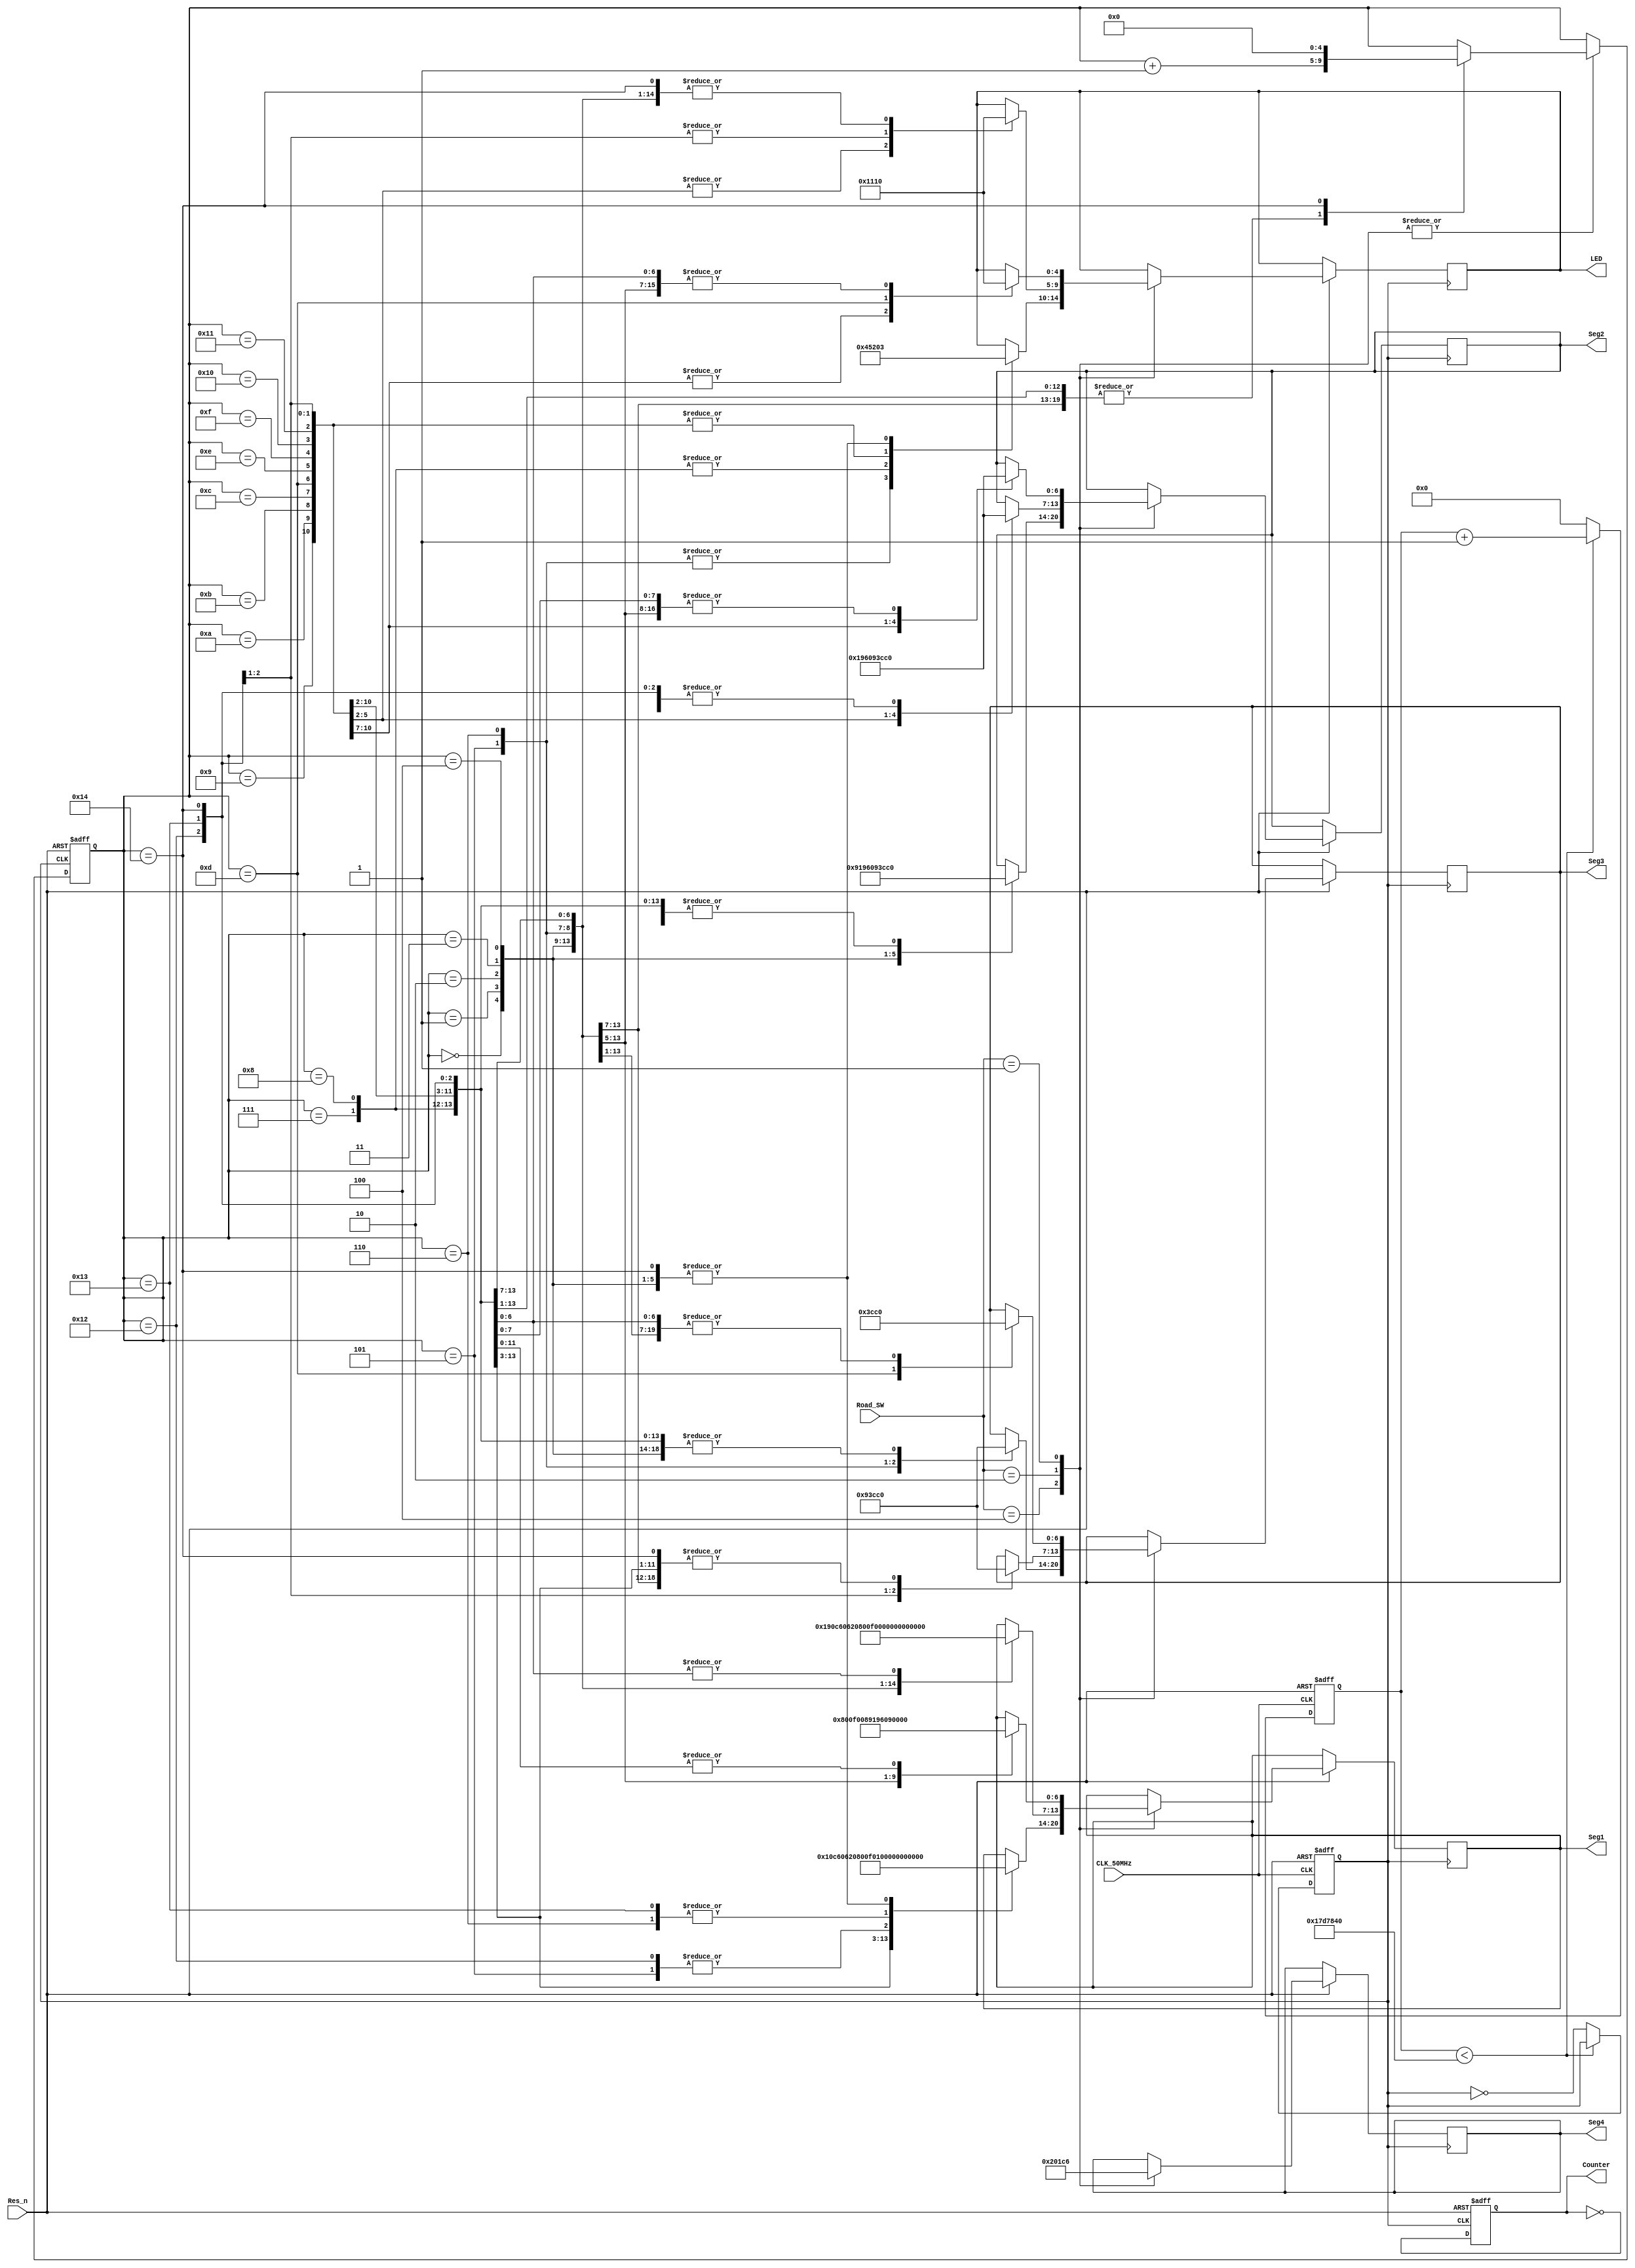
//----------------------------------------------------
//Design Name: Traffic Light
//Function: 
//----------------------------------------------------
module Traffic_Light_Seg(LED, Seg4, Seg3, Seg2, Seg1, Counter, CLK_50MHz, Road_SW, Res_n);
// output
output reg [4:0]LED;
output reg Counter;
output reg [6:0] Seg4 = 7'b100_0000, Seg3 = 7'b100_0000, 
					  Seg2 = 7'b100_0000, Seg1 = 7'b100_0000;
// intput
input	CLK_50MHz, Res_n;
input [2:0]Road_SW;
// reg
reg CLK_1Hz;
reg [24:0]CLK_count;
reg [4:0]count;
reg [3:0]temp1, temp2, temp3;
/******************Encoder******************/
// Binary to Seg
function [6:0]Encoder;
// input
input [3:0]In;
// Converter
begin
	case(In)
		4'd0:Encoder = 7'b100_0000;
		4'd1:Encoder = 7'b111_1001;
		4'd2:Encoder = 7'b010_0100;
		4'd3:Encoder = 7'b011_0000;
		4'd4:Encoder = 7'b001_1001;
		4'd5:Encoder = 7'b001_0010;
		4'd6:Encoder = 7'b000_0010;
		4'd7:Encoder = 7'b111_1000;
		4'd8:Encoder = 7'b000_0000;
		4'd9:Encoder = 7'b001_0000;
		4'd10:Encoder = 7'b000_1000;
		4'd11:Encoder = 7'b000_0011;
		4'd12:Encoder = 7'b100_0110;
		4'd13:Encoder = 7'b010_0001;
		4'd14:Encoder = 7'b000_0110;
		4'd15:Encoder = 7'b000_1110;
	endcase
end
endfunction
/**************************************************/
// 50MHz --> 1Hz(10KHz)
always@(posedge CLK_50MHz or negedge Res_n)begin
	if(!Res_n)begin
		CLK_1Hz = 1'b0;
		CLK_count = 25'd0;
	end
	else begin
		if(CLK_count < 25'd25000000) CLK_count = CLK_count + 25'd1; // (1Hz)25000000 or (10KHz)5000
		else begin
			CLK_1Hz = ~CLK_1Hz;
			CLK_count = 25'd0;
		end
	end
end
/**************************************************/
// LED & 7SEG Display
always@(posedge CLK_1Hz or negedge Res_n)begin
	if(!Res_n)begin
		count = 5'd0;
		Counter = 1'b0;
	end
	else begin
		Counter = ~Counter;
		case(Road_SW)
			// Road A
			3'b100:begin
				Seg4 = Encoder(4'd10);
				case(count)
					5'd0 :begin
						Seg1 = Encoder(4'd0);
						Seg2 = Encoder(4'd5);
						Seg3 = Encoder(4'd0);
						LED = 5'b00011;
						count = count + 1;
					end
					5'd1:begin
						Seg1 = Encoder(4'd0);
						Seg2 = Encoder(4'd4);
						Seg3 = Encoder(4'd0);
						LED = 5'b00011;
						count = count + 1;
					end
					5'd2:begin
						Seg1 = Encoder(4'd0);
						Seg2 = Encoder(4'd3);
						Seg3 = Encoder(4'd0);
						LED = 5'b00011;
						count = count + 1;
					end
					5'd3:begin
						Seg1 = Encoder(4'd0);
						Seg2 = Encoder(4'd2);
						Seg3 = Encoder(4'd0);
						LED = 5'b00011;
						count = count + 1;
					end
					5'd4:begin
						Seg1 = Encoder(4'd0);
						Seg2 = Encoder(4'd1);
						Seg3 = Encoder(4'd0);
						LED = 5'b00011;
						count = count + 1;
					end
					5'd5 :begin
						Seg1 = Encoder(4'd2);
						Seg2 = Encoder(4'd0);
						Seg3 = Encoder(4'd2);
						LED = 5'b01000;
						count = count + 1;
					end
					5'd6:begin
						Seg1 = Encoder(4'd1);
						Seg2 = Encoder(4'd0);
						Seg3 = Encoder(4'd1);
						LED = 5'b01000;
						count = count + 1;
					end
					5'd7 :begin
						Seg1 = Encoder(4'd13);
						Seg2 = Encoder(4'd0);
						Seg3 = Encoder(4'd0);
						LED = 5'b10100;
						count = count + 1;
					end
					5'd8:begin
						Seg1 = Encoder(4'd12);
						Seg2 = Encoder(4'd0);
						Seg3 = Encoder(4'd0);
						LED = 5'b10100;
						count = count + 1;
					end
					5'd9 :begin
						Seg1 = Encoder(4'd11);
						Seg2 = Encoder(4'd0);
						Seg3 = Encoder(4'd0);
						LED = 5'b10000;
						count = count + 1;
					end
					5'd10:begin
						Seg1 = Encoder(4'd10);
						Seg2 = Encoder(4'd0);
						Seg3 = Encoder(4'd0);
						LED = 5'b10000;
						count = count + 1;
					end
					5'd11:begin
						Seg1 = Encoder(4'd9);
						Seg2 = Encoder(4'd0);
						Seg3 = Encoder(4'd0);
						LED = 5'b10000;
						count = count + 1;
					end
					5'd12:begin
						Seg1 = Encoder(4'd8);
						Seg2 = Encoder(4'd0);
						Seg3 = Encoder(4'd0);
						LED = 5'b10000;
						count = count + 1;
					end
					5'd13:begin
						Seg1 = Encoder(4'd7);
						Seg2 = Encoder(4'd0);
						Seg3 = Encoder(4'd0);
						LED = 5'b10000;
						count = count + 1;
					end
					5'd14:begin
						Seg1 = Encoder(4'd6);
						Seg2 = Encoder(4'd0);
						Seg3 = Encoder(4'd0);
						LED = 5'b10000;
						count = count + 1;
					end
					5'd15:begin
						Seg1 = Encoder(4'd5);
						Seg2 = Encoder(4'd0);
						Seg3 = Encoder(4'd0);
						LED = 5'b10000;
						count = count + 1;
					end
					5'd16:begin
						Seg1 = Encoder(4'd4);
						Seg2 = Encoder(4'd0);
						Seg3 = Encoder(4'd0);
						LED = 5'b10000;
						count = count + 1;
					end
					5'd17:begin
						Seg1 = Encoder(4'd3);
						Seg2 = Encoder(4'd0);
						Seg3 = Encoder(4'd0);
						LED = 5'b10000;
						count = count + 1;
					end
					5'd18:begin
						Seg1 = Encoder(4'd2);
						Seg2 = Encoder(4'd0);
						Seg3 = Encoder(4'd0);
						LED = 5'b10000;
						count = count + 1;
					end
					5'd19:begin
						Seg1 = Encoder(4'd1);
						Seg2 = Encoder(4'd0);
						Seg3 = Encoder(4'd0);
						LED = 5'b10000;
						count = count + 1;
					end
					5'd20:begin
						Seg1 = Encoder(4'd0);
						Seg2 = Encoder(4'd0);
						Seg3 = Encoder(4'd0);
						LED = 5'b00011;
						count = 1'b0;
					end
				endcase
			end
			// Road B
			3'b010:begin
				Seg4 = Encoder(4'd11);
				case(count)
					5'd0 :begin
						Seg1 = Encoder(4'd14);
						Seg2 = Encoder(4'd0);
						Seg3 = Encoder(4'd0);
						LED = 5'b10000;
						count = count + 1;
					end
					5'd1:begin
						Seg1 = Encoder(4'd13);
						Seg2 = Encoder(4'd0);
						Seg3 = Encoder(4'd0);
						LED = 5'b10000;
						count = count + 1;
					end
					5'd2:begin
						Seg1 = Encoder(4'd12);
						Seg2 = Encoder(4'd0);
						Seg3 = Encoder(4'd0);
						LED = 5'b10000;
						count = count + 1;
					end
					5'd3:begin
						Seg1 = Encoder(4'd11);
						Seg2 = Encoder(4'd0);
						Seg3 = Encoder(4'd0);
						LED = 5'b10000;
						count = count + 1;
					end
					5'd4:begin
						Seg1 = Encoder(4'd10);
						Seg2 = Encoder(4'd0);
						Seg3 = Encoder(4'd0);
						LED = 5'b10000;
						count = count + 1;
					end
					5'd5 :begin
						Seg1 = Encoder(4'd9);
						Seg2 = Encoder(4'd0);
						Seg3 = Encoder(4'd0);
						LED = 5'b10000;
						count = count + 1;
					end
					5'd6:begin
						Seg1 = Encoder(4'd8);
						Seg2 = Encoder(4'd0);
						Seg3 = Encoder(4'd0);
						LED = 5'b10000;
						count = count + 1;
					end
					5'd7 :begin
						Seg1 = Encoder(4'd7);
						Seg2 = Encoder(4'd0);
						Seg3 = Encoder(4'd0);
						LED = 5'b10000;
						count = count + 1;
					end
					5'd8:begin
						Seg1 = Encoder(4'd6);
						Seg2 = Encoder(4'd0);
						Seg3 = Encoder(4'd0);
						LED = 5'b10000;
						count = count + 1;
					end
					5'd9 :begin
						Seg1 = Encoder(4'd5);
						Seg2 = Encoder(4'd0);
						Seg3 = Encoder(4'd0);
						LED = 5'b10000;
						count = count + 1;
					end
					5'd10:begin
						Seg1 = Encoder(4'd4);
						Seg2 = Encoder(4'd0);
						Seg3 = Encoder(4'd0);
						LED = 5'b10000;
						count = count + 1;
					end
					5'd11:begin
						Seg1 = Encoder(4'd3);
						Seg2 = Encoder(4'd0);
						Seg3 = Encoder(4'd0);
						LED = 5'b10000;
						count = count + 1;
					end
					5'd12:begin
						Seg1 = Encoder(4'd2);
						Seg2 = Encoder(4'd0);
						Seg3 = Encoder(4'd0);
						LED = 5'b10000;
						count = count + 1;
					end
					5'd13:begin
						Seg1 = Encoder(4'd1);
						Seg2 = Encoder(4'd0);
						Seg3 = Encoder(4'd0);
						LED = 5'b10000;
						count = count + 1;
					end
					5'd14:begin
						Seg1 = Encoder(4'd0);
						Seg2 = Encoder(4'd4);
						Seg3 = Encoder(4'd0);
						LED = 5'b00100;
						count = count + 1;
					end
					5'd15:begin
						Seg1 = Encoder(4'd0);
						Seg2 = Encoder(4'd3);
						Seg3 = Encoder(4'd0);
						LED = 5'b00100;
						count = count + 1;
					end
					5'd16:begin
						Seg1 = Encoder(4'd0);
						Seg2 = Encoder(4'd2);
						Seg3 = Encoder(4'd0);
						LED = 5'b00100;
						count = count + 1;
					end
					5'd17:begin
						Seg1 = Encoder(4'd0);
						Seg2 = Encoder(4'd1);
						Seg3 = Encoder(4'd0);
						LED = 5'b00100;
						count = count + 1;
					end
					5'd18:begin
						Seg1 = Encoder(4'd0);
						Seg2 = Encoder(4'd0);
						Seg3 = Encoder(4'd2);
						LED = 5'b01000;
						count = count + 1;
					end
					5'd19:begin
						Seg1 = Encoder(4'd0);
						Seg2 = Encoder(4'd0);
						Seg3 = Encoder(4'd1);
						LED = 5'b01000;
						count = count + 1;
					end
					5'd20:begin
						Seg1 = Encoder(4'd0);
						Seg2 = Encoder(4'd0);
						Seg3 = Encoder(4'd0);
						LED = 5'b10000;
						count = 1'b0;
					end
				endcase
			end
			// Road C
			3'b001:begin
				Seg4 = Encoder(4'd12);
				case(count)
					5'd0:begin
						Seg1 = Encoder(4'd9);
						Seg2 = Encoder(4'd0);
						Seg3 = Encoder(4'd0);
						LED = 5'b10000;
						count = count + 1;
					end
					5'd1:begin
						Seg1 = Encoder(4'd8);
						Seg2 = Encoder(4'd0);
						Seg3 = Encoder(4'd0);
						LED = 5'b10000;
						count = count + 1;
					end
					5'd2:begin
						Seg1 = Encoder(4'd7);
						Seg2 = Encoder(4'd0);
						Seg3 = Encoder(4'd0);
						LED = 5'b10000;
						count = count + 1;
					end
					5'd3:begin
						Seg1 = Encoder(4'd6);
						Seg2 = Encoder(4'd0);
						Seg3 = Encoder(4'd0);
						LED = 5'b10000;
						count = count + 1;
					end
					5'd4:begin
						Seg1 = Encoder(4'd5);
						Seg2 = Encoder(4'd0);
						Seg3 = Encoder(4'd0);
						LED = 5'b10000;
						count = count + 1;
					end
					5'd5:begin
						Seg1 = Encoder(4'd4);
						Seg2 = Encoder(4'd0);
						Seg3 = Encoder(4'd0);
						LED = 5'b10000;
						count = count + 1;
					end
					5'd6:begin
						Seg1 = Encoder(4'd3);
						Seg2 = Encoder(4'd0);
						Seg3 = Encoder(4'd0);
						LED = 5'b10000;
						count = count + 1;
					end
					5'd7:begin
						Seg1 = Encoder(4'd2);
						Seg2 = Encoder(4'd0);
						Seg3 = Encoder(4'd0);
						LED = 5'b10000;
						count = count + 1;
					end
					5'd8:begin
						Seg1 = Encoder(4'd1);
						Seg2 = Encoder(4'd0);
						Seg3 = Encoder(4'd0);
						LED = 5'b10000;
						count = count + 1;
					end
					5'd9:begin
						Seg1 = Encoder(4'd0);
						Seg2 = Encoder(4'd4);
						Seg3 = Encoder(4'd0);
						LED = 5'b00100;
						count = count + 1;
					end
					5'd10:begin
						Seg1 = Encoder(4'd0);
						Seg2 = Encoder(4'd3);
						Seg3 = Encoder(4'd0);
						LED = 5'b00100;
						count = count + 1;
					end
					5'd11:begin
						Seg1 = Encoder(4'd0);
						Seg2 = Encoder(4'd2);
						Seg3 = Encoder(4'd0);
						LED = 5'b00100;
						count = count + 1;
					end
					5'd12:begin
						Seg1 = Encoder(4'd0);
						Seg2 = Encoder(4'd1);
						Seg3 = Encoder(4'd0);
						LED = 5'b00100;
						count = count + 1;
					end
					5'd13:begin
						Seg1 = Encoder(4'd0);
						Seg2 = Encoder(4'd0);
						Seg3 = Encoder(4'd1);
						LED = 5'b01000;
						count = count + 1;
					end
					5'd14:begin
						Seg1 = Encoder(4'd0);
						Seg2 = Encoder(4'd0);
						Seg3 = Encoder(4'd0);
						LED = 5'b10000;
						count = count + 1;
					end
					5'd15:begin
						Seg1 = Encoder(4'd0);
						Seg2 = Encoder(4'd0);
						Seg3 = Encoder(4'd0);
						LED = 5'b10000;
						count = count + 1;
					end
					5'd16:begin
						Seg1 = Encoder(4'd0);
						Seg2 = Encoder(4'd0);
						Seg3 = Encoder(4'd0);
						LED = 5'b10000;
						count = count + 1;
					end
					5'd17:begin
						Seg1 = Encoder(4'd0);
						Seg2 = Encoder(4'd0);
						Seg3 = Encoder(4'd0);
						LED = 5'b10000;
						count = count + 1;
					end
					5'd18:begin
						Seg1 = Encoder(4'd0);
						Seg2 = Encoder(4'd0);
						Seg3 = Encoder(4'd0);
						LED = 5'b10000;
						count = count + 1;
					end
					5'd19:begin
						Seg1 = Encoder(4'd0);
						Seg2 = Encoder(4'd0);
						Seg3 = Encoder(4'd0);
						LED = 5'b10000;
						count = count + 1;
					end
					5'd20:begin
						Seg1 = Encoder(4'd0);
						Seg2 = Encoder(4'd0);
						Seg3 = Encoder(4'd0);
						LED = 5'b10000;
						count = 1'b0;
					end
				endcase
			end
		endcase
	end
end
endmodule